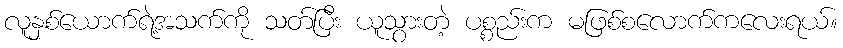
လူနှစ်ယောက်ရဲ့အသက်ကို သတ်ပြီး ယူသွားတဲ့ ပစ္စည်းက မဖြစ်စလောက်ကလေးရယ်။